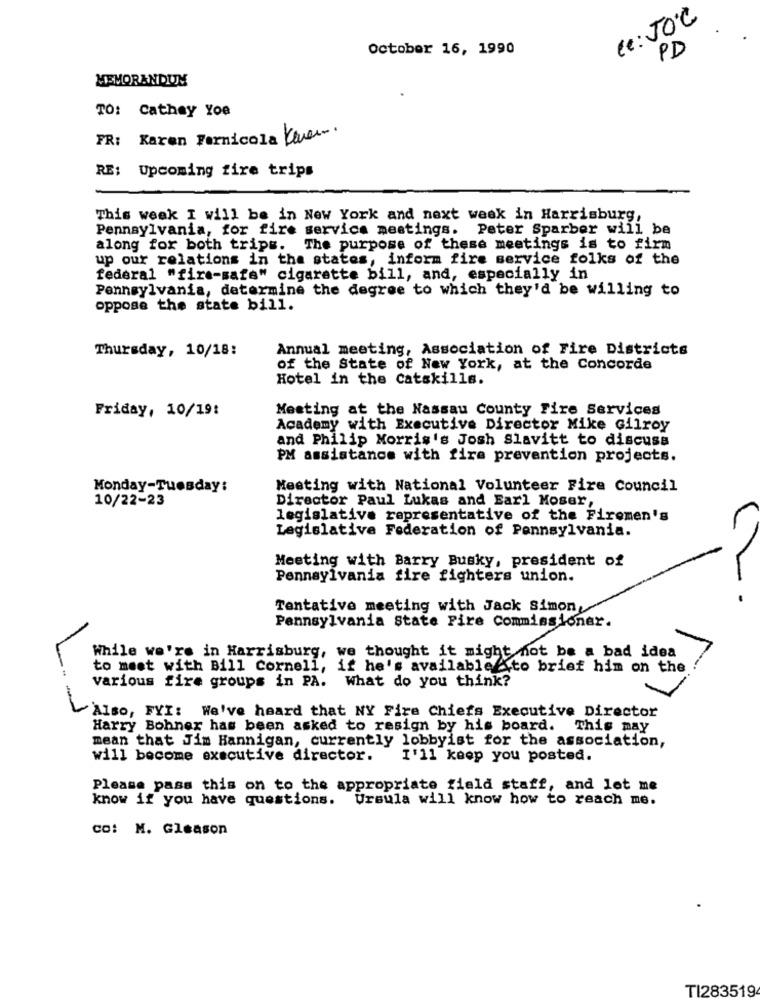
Ce: JO'C
October 16, 1990
PD
MEMORANDUM
TO: Cathey Yoe
FR: Karen Fernicola Cover.
RE: Upcoming fire trips
This week I will be in New York and next week in Harrisburg,
Pennsylvania, for fire service mestings. Peter Sparber will be
along for both trips.
The purpose of these meetings is to firm
up our relations in the states, inform fire service folks of the
federal "fire-safe" cigarette bill, and, especially in
Pennsylvania, determine the degree to which they'd be willing to
oppose the state bill.
Thursday, 10/18:
Annual meeting, Association of Fire Districts
of the State of New York, at the Concorde
Hotel in the catskills.
Friday, 10/19:
Meeting at the Nassau County Fire Services
Academy with Executive Director Mike Gilroy
and Philip Morris's Josh Slavitt to discuss
PM assistance with fire prevention projects.
Monday-Tuesday:
Meeting with National Volunteer Fire Council
10/22-23
Director Paul Lukas and Earl Moser,
legislative representative of the Firemen's
Legislative Federation of Pennsylvania.
Meeting with Barry Busky, president of
Pennsylvania fire fighters union.
Tentative meeting with Jack simon,
Pennsylvania State Fire Commissioner.
While we're in Harrisburg, we thought it might not be a bad idea
to meet with Bill Cornell, if he's available to brief him on the
various fire groups in PA. What do you think?
Also, FYI: We've heard that NY Fire Chiefs Executive Director
Harry Bohner has been asked to resign by his board. This may
mean that Jim Hannigan, currently lobbyist for the association,
will become executive director.
I'll keep you posted.
Please pass this on to the appropriate field staff, and let me
know if you have questions. Ursula will know how to reach me.
CO: M. Gleason
TI283519